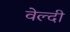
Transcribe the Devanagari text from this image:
वेल्दी